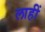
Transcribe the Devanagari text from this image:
लाहीं